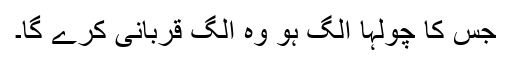
جس کا چولہا الگ ہو وہ الگ قربانی کرے گا۔